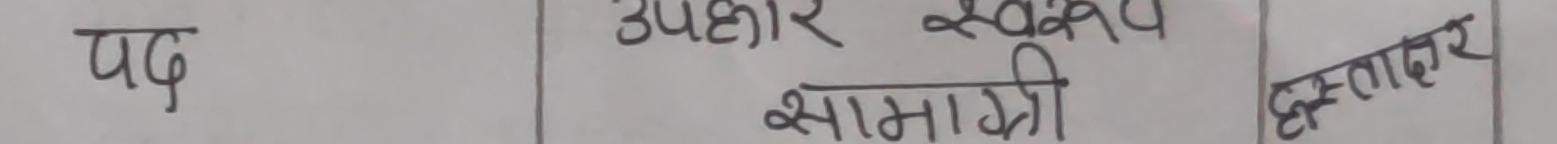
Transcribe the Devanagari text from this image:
पद
उपहार स्वरूप सामाग्री
हस्ताक्षर